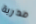
مدربة